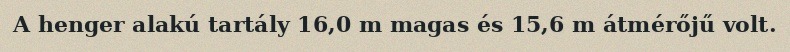
A henger alakú tartály 16,0 m magas és 15,6 m átmérőjű volt.